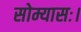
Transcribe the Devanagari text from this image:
सोम्यासः।